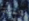
والحياة